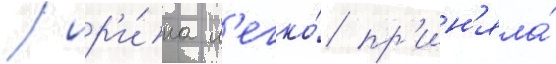
/ ир'и́на л'егко́ пр'ин'яла́